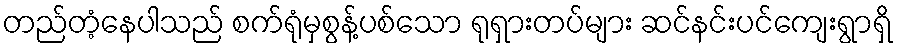
တည်တံ့နေပါသည် စက်ရုံမှစွန့်ပစ်သော ရုရှားတပ်များ ဆင်နင်းပင်ကျေးရွာရှိ